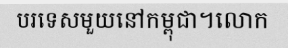
បរទេសមួយនៅកម្ពុជា។លោក